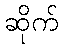
ဆိုက်